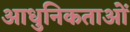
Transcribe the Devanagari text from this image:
आधुनिकताओं